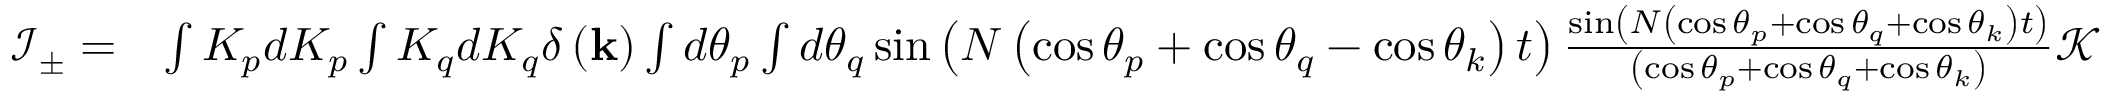
\begin{array} { r l } { \mathcal { I } _ { \pm } = } & { \int K _ { p } d K _ { p } \int K _ { q } d K _ { q } \delta \left( \mathbf { k } \right) \int d \theta _ { p } \int d \theta _ { q } \sin \left( N \left( \cos \theta _ { p } + \cos \theta _ { q } - \cos \theta _ { k } \right) t \right) \frac { \sin \left( N \left( \cos \theta _ { p } + \cos \theta _ { q } + \cos \theta _ { k } \right) t \right) } { \left( \cos \theta _ { p } + \cos \theta _ { q } + \cos \theta _ { k } \right) } \mathcal { K } } \end{array}